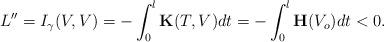
LaTeX: \begin{align*}L''=I_\gamma(V,V)=-\int_0^l\mathbf{K}(T,V)dt=-\int_0^l\mathbf{H}(V_o)dt<0.\end{align*}